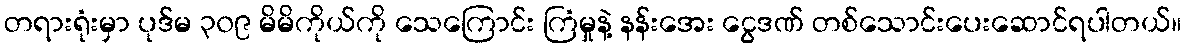
တရားရုံးမှာ ပုဒ်မ ၃၀၉ မိမိကိုယ်ကို သေကြောင်း ကြံမှုနဲ့ နန်းအေး ငွေဒဏ် တစ်သောင်းပေးဆောင်ရပါတယ်။